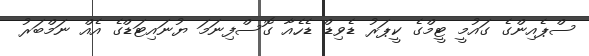
ސްޕެއިންގެ ގައުމީ ޓީމްގެ ކީޕަރު ޑެވިޑް ޑެހެއާ ގޮސްފިނަމަ ޔުނައިޓަޑްގެ އެއް ނަމްބަރު